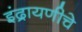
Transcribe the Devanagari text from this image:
इंद्रायणीचे